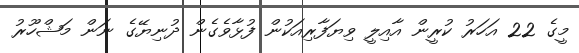
މީގެ 22 އަހަރު ކުރީން އާއިލީ ވިޔަފާރިއަކުން ފުޅާވެގެން ދުނިޔޭގެ ނަން މަޝްހޫރު